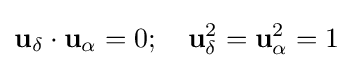
\mathbf {u} _{\delta }\cdot \mathbf {u} _{\alpha }=0;\quad \mathbf {u} _{\delta }^{2}=\mathbf {u} _{\alpha }^{2}=1